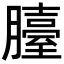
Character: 𦢀